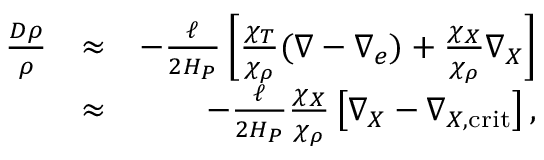
\begin{array} { r l r } { { \frac { D \rho } { \rho } } } & { \approx } & { - { \frac { \ell } { 2 H _ { P } } } \left[ { \frac { \chi _ { T } } { \chi _ { \rho } } } ( \nabla - \nabla _ { e } ) + { \frac { \chi _ { X } } { \chi _ { \rho } } } \nabla _ { X } \right] } \\ & { \approx } & { - { \frac { \ell } { 2 H _ { P } } } { \frac { \chi _ { X } } { \chi _ { \rho } } } \left[ \nabla _ { X } - \nabla _ { X , \mathrm { c r i t } } \right] , } \end{array}